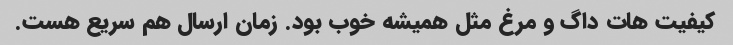
کیفیت هات داگ و مرغ مثل همیشه خوب بود. زمان ارسال هم سریع هست.